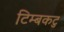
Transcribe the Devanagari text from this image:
टिम्बकटु